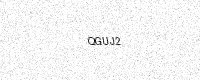
Text: QGUJ2